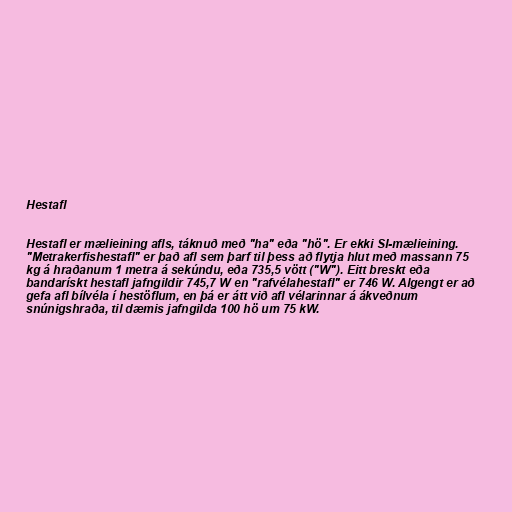
Hestafl

Hestafl er mælieining afls, táknuð með "ha" eða "hö". Er ekki SI-mælieining.
"Metrakerfishestafl" er það afl sem þarf til þess að flytja hlut með massann 75
kg á hraðanum 1 metra á sekúndu, eða 735,5 vött ("W"). Eitt breskt eða
bandarískt hestafl jafngildir 745,7 W en "rafvélahestafl" er 746 W. Algengt er að
gefa afl bílvéla í hestöflum, en þá er átt við afl vélarinnar á ákveðnum
snúnigshraða, til dæmis jafngilda 100 hö um 75 kW.